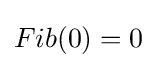
Fib(0)=0